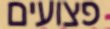
פצועים